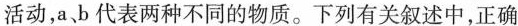
活动，a、b代表两种不同的物质。下列有关叙述中，正确